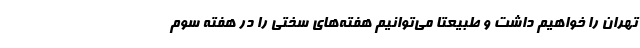
تهران را خواهیم داشت و طبیعتا می‌توانیم هفته‌های سختی را در هفته سوم